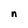
Character: n